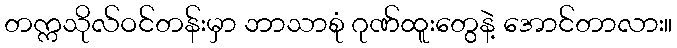
တက္ကသိုလ်ဝင်တန်းမှာ ဘာသာစုံ ဂုဏ်ထူးတွေနဲ့ အောင်တာလား။